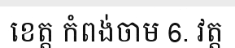
ខេត្ត កំពង់ចាម 6. វត្ត